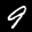
Label: 9